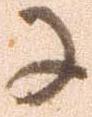
に